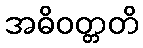
အဓိဝတ္တတိ